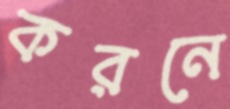
করনে